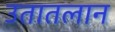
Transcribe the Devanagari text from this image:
उतातलान